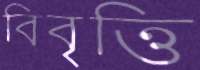
বিবৃত্তি